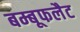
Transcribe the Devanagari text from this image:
बम्बूफलैट